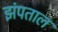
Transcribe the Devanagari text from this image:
झंपताल